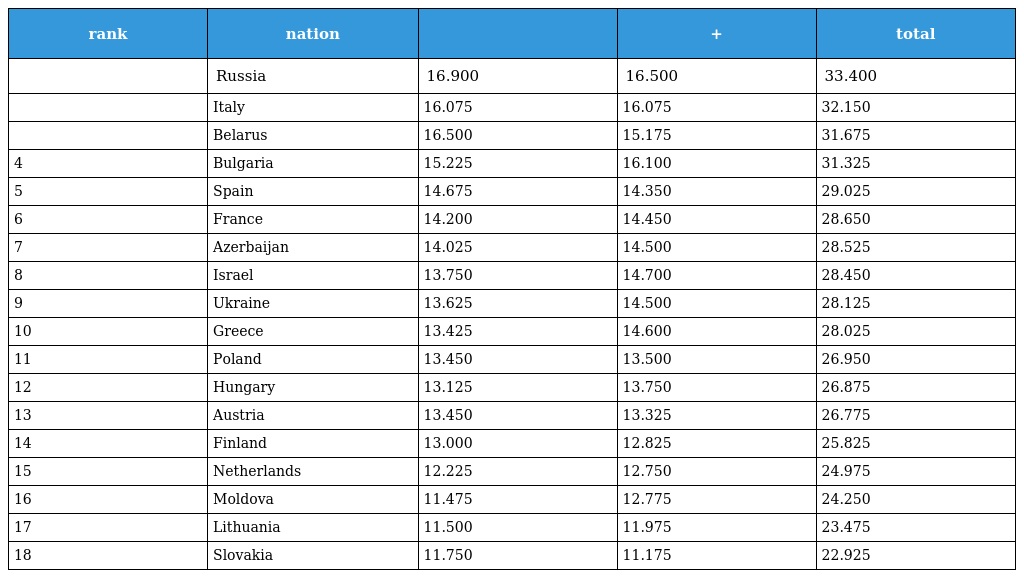
| rank | nation |  | + | total |
 | --- | --- | --- | --- | --- |
 |  | Russia | 16.900 | 16.500 | 33.400 |
 |  | Italy | 16.075 | 16.075 | 32.150 |
 |  | Belarus | 16.500 | 15.175 | 31.675 |
 | 4 | Bulgaria | 15.225 | 16.100 | 31.325 |
 | 5 | Spain | 14.675 | 14.350 | 29.025 |
 | 6 | France | 14.200 | 14.450 | 28.650 |
 | 7 | Azerbaijan | 14.025 | 14.500 | 28.525 |
 | 8 | Israel | 13.750 | 14.700 | 28.450 |
 | 9 | Ukraine | 13.625 | 14.500 | 28.125 |
 | 10 | Greece | 13.425 | 14.600 | 28.025 |
 | 11 | Poland | 13.450 | 13.500 | 26.950 |
 | 12 | Hungary | 13.125 | 13.750 | 26.875 |
 | 13 | Austria | 13.450 | 13.325 | 26.775 |
 | 14 | Finland | 13.000 | 12.825 | 25.825 |
 | 15 | Netherlands | 12.225 | 12.750 | 24.975 |
 | 16 | Moldova | 11.475 | 12.775 | 24.250 |
 | 17 | Lithuania | 11.500 | 11.975 | 23.475 |
 | 18 | Slovakia | 11.750 | 11.175 | 22.925 |